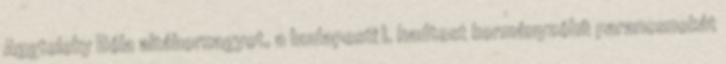
Aggteleky Béla altábornagyot, a budapesti I. hadtest kormányzóhû parancsnokát